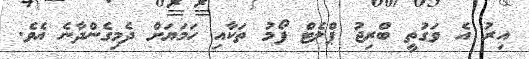
އިރު އެ ވަގުތީ ބްރިޖު ޕްލެޓް ފޯމު ތަކާއި ހަމަޔަށް ދެމިގެންދާނެ އެވެ.